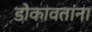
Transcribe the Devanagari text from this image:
डोकावतांना